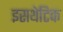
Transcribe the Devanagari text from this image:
इसथेटिक